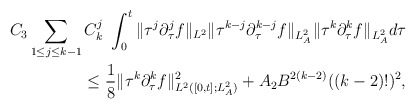
\begin{align*}C_3\sum_{1\le j\le k-1}C^j_k\ \int^t_0\|\tau^{j}\partial^{j}_\tau f\|_{L^2}\|\tau^{k-j}\partial^{k-j}_\tau f\|_{L^2_A}\|\tau^k\partial^k_\tau f\|_{L^2_A}d\tau\\\le \frac{1}{8}\|\tau^k\partial^k_\tau f\|^2_{L^2([0,t];L^2_A)}+A_2 B^{2(k-2)}((k-2)!)^2,\end{align*}